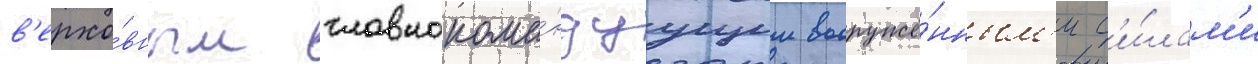
в'ерхо́вным главнокома́ндуущим вооружё́нным'и с'и́лам'и